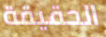
الحقيقة